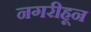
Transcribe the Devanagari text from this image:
नगरीहून